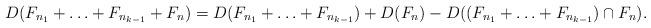
LaTeX: \begin{align*}D(F_{n_1} + \ldots + F_{n_{k-1}} + F_n) = D(F_{n_1} + \ldots + F_{n_{k-1}}) + D(F_n) - D((F_{n_1} + \ldots + F_{n_{k-1}}) \cap F_n).\end{align*}